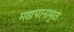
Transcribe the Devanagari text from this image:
मद्यपानामुळे